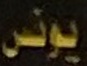
یونس